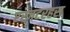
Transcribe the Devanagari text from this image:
एस्ज़टरहस